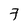
Character: 7